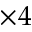
\times 4